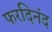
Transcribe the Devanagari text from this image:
फरदिनंद